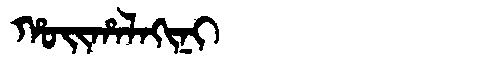
Manchu: ᡥᠣᡳᡥᠠᠯᠠᡴᡳᠨᡳ
Romanization: HOIHALAKINI